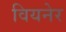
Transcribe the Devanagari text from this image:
वियनेर